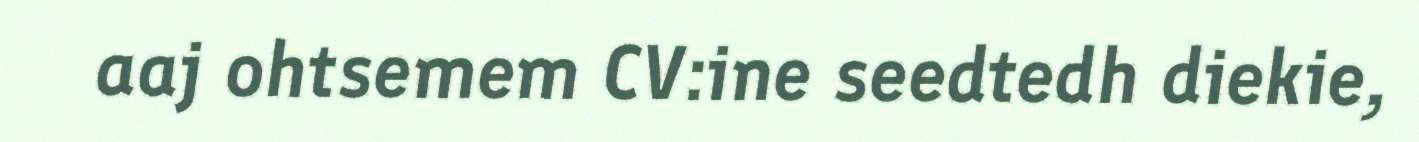
aaj ohtsemem CV:ine seedtedh diekie,